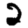
Digit: 2